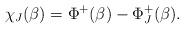
LaTeX: \begin{align*}\chi_J(\beta) = \Phi^+(\beta) - \Phi^+_J(\beta).\end{align*}